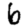
Digit: 6